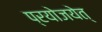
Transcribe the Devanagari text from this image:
प्रयोजयेत्